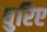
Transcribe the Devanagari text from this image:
धुरिए